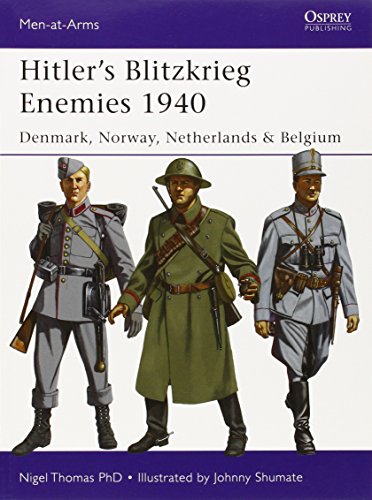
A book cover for Hitler's Blitzkrieg Enemies 1940: Denmark, Norway, Netherlands & Belgium (Men-at-Arms); Nigel Thomas; History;